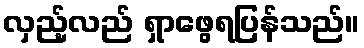
လှည့်လည် ရှာဖွေရပြန်သည်။